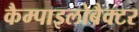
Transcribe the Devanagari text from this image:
कैम्पाइलोबैक्टर